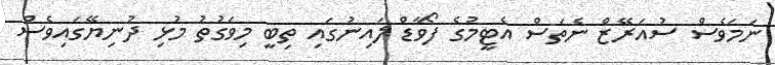
ނަމަވެސް ސުއަރޭޒް ނެތަސް އެޓީމުގެ ފޯވާޑް ލައިނުގައި ތިބީ މިވަގުތު މުޅި ދުނިޔޭގައިވެސް